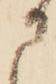
に